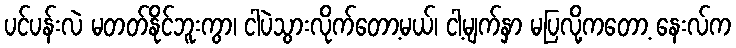
ပင်ပန်းလဲ မတတ်နိုင်ဘူးကွာ၊ ငါပဲသွားလိုက်တော့မယ်၊ ငါ့မျက်နှာ မပြလို့ကတော့ နေးလ်က